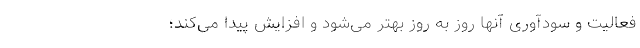
فعالیت و سودآوری آنها روز به روز بهتر می‌شود و افزایش پیدا می‌کند؛